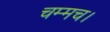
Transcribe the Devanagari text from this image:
चम्मच।